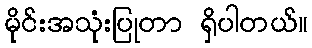
မိုင်းအသုံးပြုတာ ရှိပါတယ်။